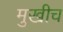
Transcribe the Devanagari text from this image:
मुखीच